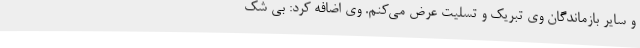
و سایر بازماندگان وی تبریک و تسلیت عرض می‌کنم. وی اضافه کرد: بی شک